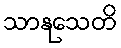
သာနုသေတိ